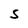
Character: S